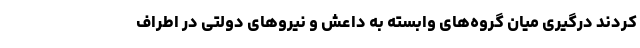
کردند درگیری میان گروه‌های وابسته به داعش و نیروهای دولتی در اطراف